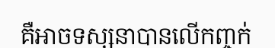
គឺអាចទស្សនាបានលើកញ្ចក់